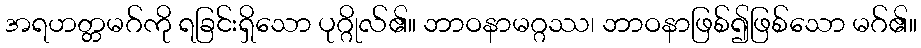
အရဟတ္တမဂ်ကို ရခြင်းရှိသော ပုဂ္ဂိုလ်၏။ ဘာဝနာမဂ္ဂဿ၊ ဘာဝနာဖြစ်၍ဖြစ်သော မဂ်၏။